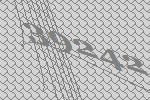
39242